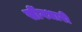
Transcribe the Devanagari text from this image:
सींगधारी